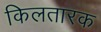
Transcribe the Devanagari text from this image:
किलतारक